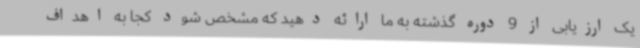
یک ارزیابی از 9 دوره گذشته به ما ارائه دهید که مشخص شود کجا به اهداف